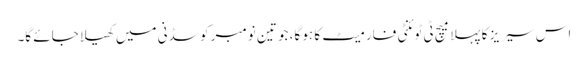
اس سیریز کا پہلا میچ ٹی ٹوئنٹی فارمیٹ کا ہو گا، جو تین نومبر کو سڈنی میں کھیلا جائے گا۔